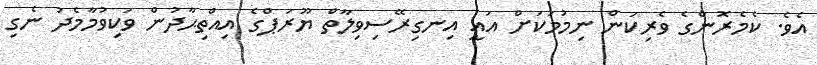
އެވެ. ކެމެރޮންގެ ވެރިކަން ނިމުމަކަށް އައީ އިނގިރޭސިވިލާތް ޔޫރަޕްގެ އިއްތިޙާދުން ވަކިވުމާމެދު ނެގި